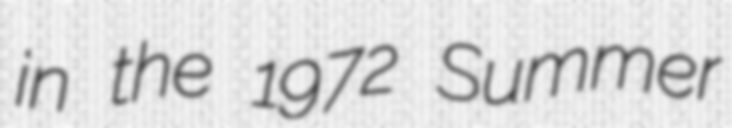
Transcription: in the 1972 Summer